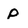
Character: p